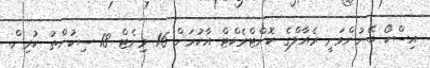
އިސްކޯ ބޭނުންވަނީ ރެއާލްގެ ކޮންޓްރެކްޓް އާކުރަން 16 މިނެޓް 18 ސިކުންތު ކުރިން.